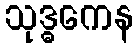
သုဒ္ဓကေန